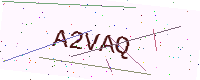
Text: A2VAQ